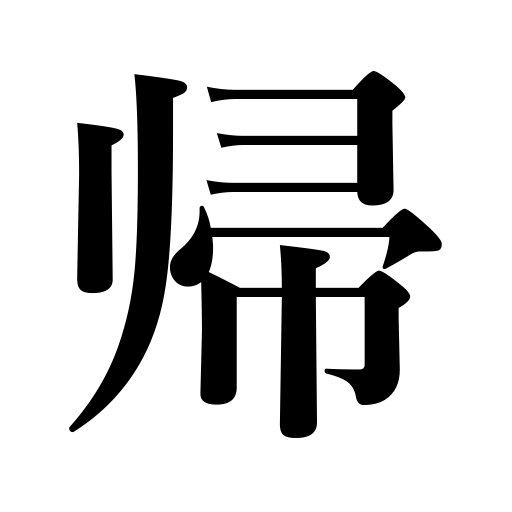
Meanings: return,send someone back,come again,take one's leave,come around time